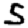
Digit: 5